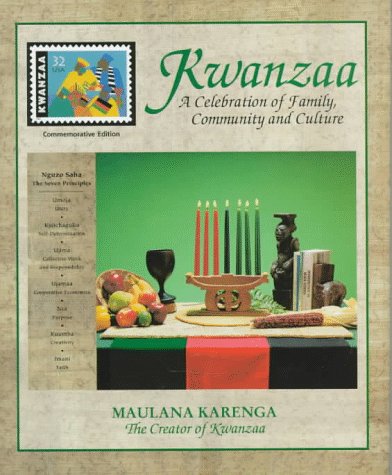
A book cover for Kwanzaa: A Celebration of Family, Community and Culture (Commemorative); Maulana Karenga; Politics & Social Sciences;